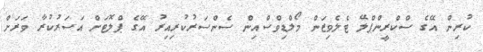
ކުރިން އޭގެ ސްކްރީންޕްލޭ ޓެލެވިޒަން މޯލްޑިވްސްއިން ސެންސަރުކުރިއިރު އޭގެ ޕްލޮޓަށް އަސަރުކުރާ ވަރަށް